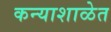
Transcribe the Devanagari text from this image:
कन्याशाळेत